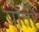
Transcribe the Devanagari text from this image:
पार्ती